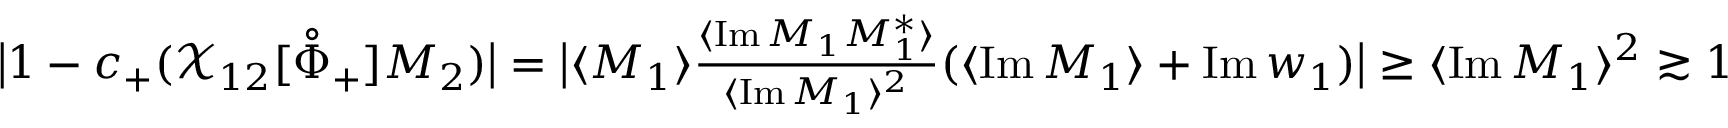
\begin{array} { r } { \big \vert 1 - c _ { + } ( \mathcal { X } _ { 1 2 } [ \mathring { \Phi } _ { + } ] M _ { 2 } ) \big \vert = \big | \langle M _ { 1 } \rangle \frac { \langle \mathrm { I m } \, M _ { 1 } M _ { 1 } ^ { * } \rangle } { \langle \mathrm { I m } \, M _ { 1 } \rangle ^ { 2 } } ( \langle \mathrm { I m } \, M _ { 1 } \rangle + \mathrm { I m } \, w _ { 1 } ) \big | \ge \langle \mathrm { I m } \, M _ { 1 } \rangle ^ { 2 } \gtrsim 1 \qquad } \end{array}